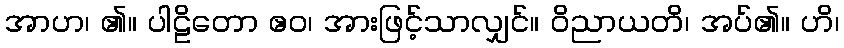
အာဟ၊ ၏။ ပါဠိတော ဧဝ၊ အားဖြင့်သာလျှင်။ ဝိညာယတိ၊ အပ်၏။ ဟိ၊